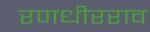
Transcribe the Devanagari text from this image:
रणधीरराव